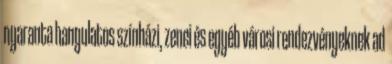
nyaranta hangulatos színházi, zenei és egyéb városi rendezvényeknek ad